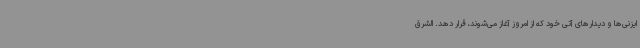
ایزنی‌ها و دیدارهای آتی خود که از امروز آغاز می‌شوند، قرار دهد. الشرق